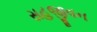
સહજીવન